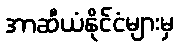
အာဆီယံနိုင်ငံများမှ